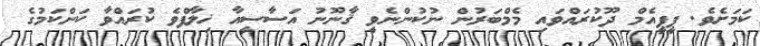
ކަމަށެވެ. ޕީޕީއެމް ދޫކުރައްވައި މެމްބަރުން ނުކުންނެވީ ޤާނޫނު އަސާސީއާ ޚިލާފްވެ ކުރައްވާ ކަންކަމުގެ